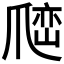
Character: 𰠅